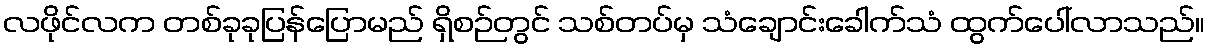
လဖိုင်လက တစ်ခုခုပြန်ပြောမည် ရှိစဉ်တွင် သစ်တပ်မှ သံချောင်းခေါက်သံ ထွက်ပေါ်လာသည်။